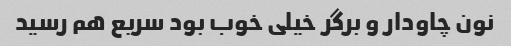
نون چاودار و برگر خیلی خوب بود سریع هم رسید